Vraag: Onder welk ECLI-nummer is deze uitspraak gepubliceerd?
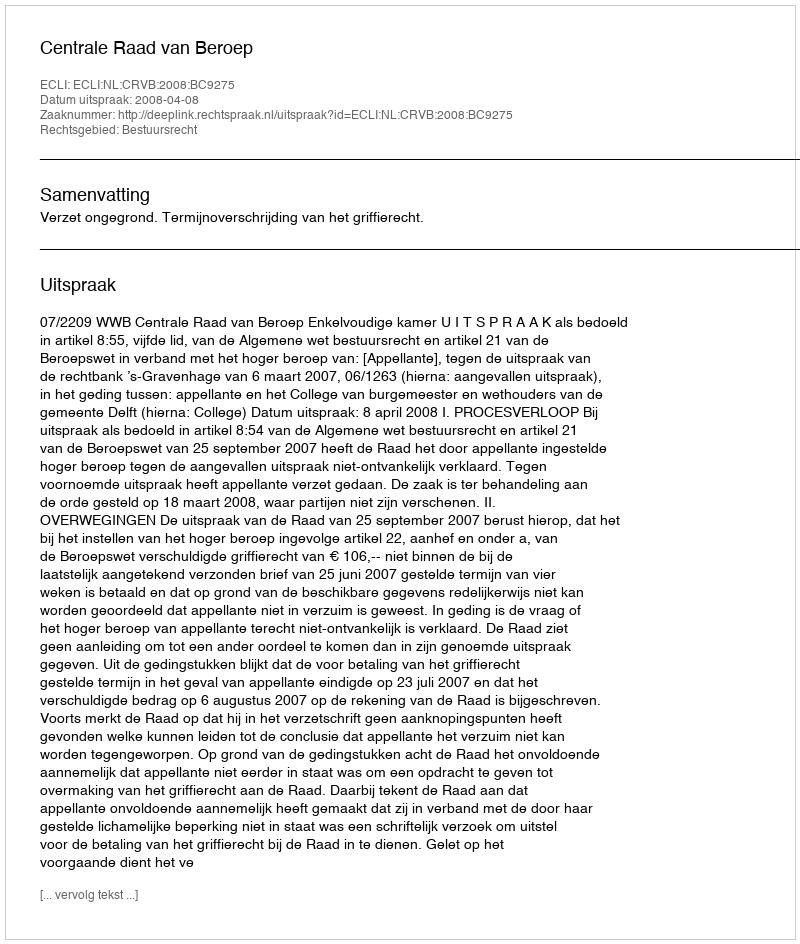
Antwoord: ECLI:NL:CRVB:2008:BC9275